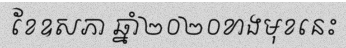
ខែឧសភា ឆ្នាំ២០២០ខាងមុខនេះ